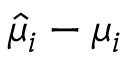
\hat { \mu } _ { i } - \mu _ { i }